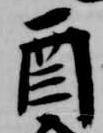
酉